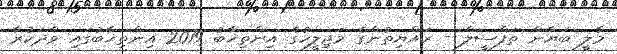
މާލީ ބަޔާން ތަފްސީލް - ރައްޔިތުންގެ މަޖިލީހުގެ އިންތިޚާބު 2019 އިންތިޚާބުގައި ވާދަކުރާ